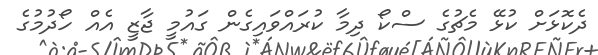
ދެކޮޅަށް ކުޅޭ މެޗުގެ ސްކޯ ދިމާ ކުރައްވައިގެން ގައުމީ ޖާޒީ އެއް ހޯދުމުގެ